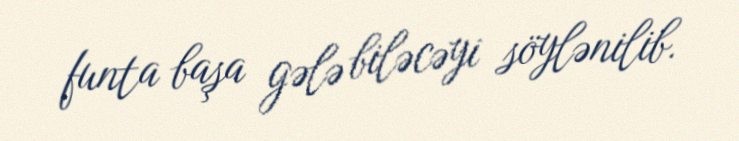
funta başa gələ biləcəyi söylənilib.